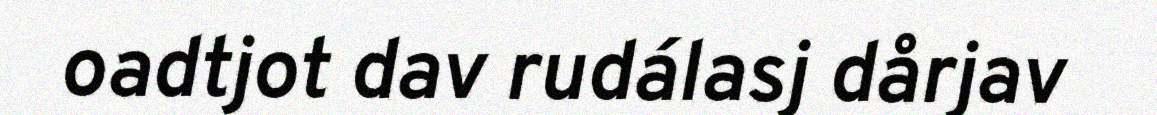
oadtjot dav rudálasj dårjav